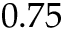
0 . 7 5